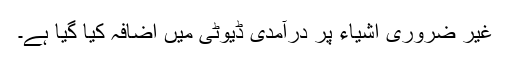
غیر ضروری اشیاء پر درآمدی ڈیوٹی میں اضافہ کیا گیا ہے۔